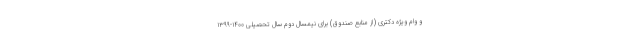
و وام ویژه دکتری (از منابع صندوق) برای نیمسال دوم سال تحصیلی ۱۴۰۰-۱۳۹۹